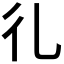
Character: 𢒽